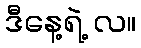
ဒီနေ့ရဲ့ လ။